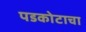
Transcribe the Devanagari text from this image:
पडकोटाचा